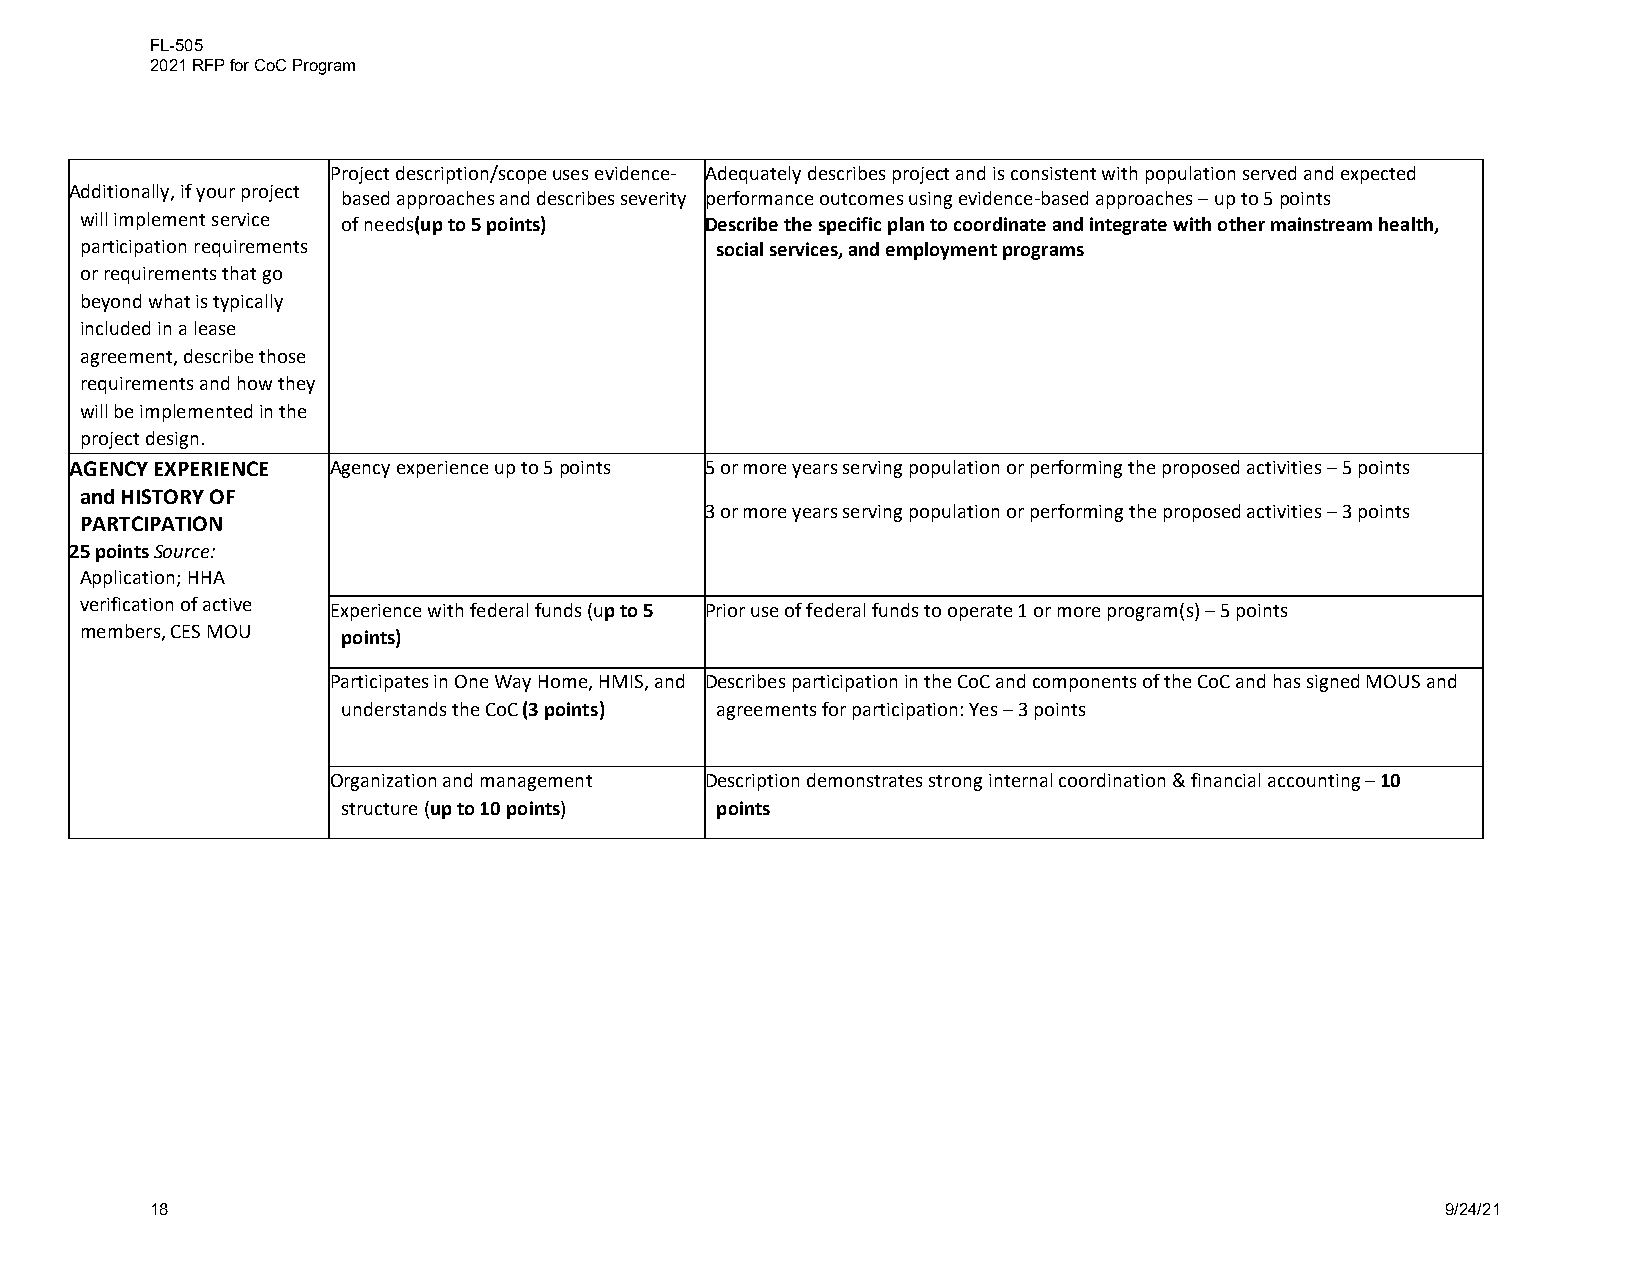
FL-505
 2021 RFP for CoC Program
 Project description/scope uses evidence- Adequately describes project and is consistent with population served and expected
 Additionally, if your project
 based approaches and describes severity performance outcomes using evidence-based approaches – up to 5 points
 will implement service of needs(up to 5 points) Describe the specific plan to coordinate and integrate with other mainstream health,
 participation requirements                social services, and employment programs
 or requirements that go
 beyond what is typically
 included in a lease
 agreement, describe those
 requirements and how they
 will be implemented in the
 project design.
 AGENCY EXPERIENCE Agency experience up to 5 points 5 or more years serving population or performing the proposed activities – 5 points
 and HISTORY OF
 3 or more years serving population or performing the proposed activities – 3 points
 PARTCIPATION
 25 points Source:
 Application; HHA
 verification of active Experience with federal funds (up to 5 Prior use of federal funds to operate 1 or more program(s) – 5 points
 members, CES MOU
 points)
 Participates in One Way Home, HMIS, and Describes participation in the CoC and components of the CoC and has signed MOUS and
 understands the CoC (3 points) agreements for participation: Yes – 3 points
 Organization and management Description demonstrates strong internal coordination & financial accounting – 10
 structure (up to 10 points) points
 18                                                                                    9/24/21